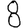
Digit: 8